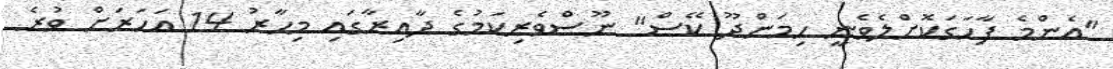
"އެންމެ ފާހަގަކޮށްލެވެނީ ހިމަންދޫ ކޭސް" ނޫސްވެރިކަމުގެ ދާއިރާގައި މިހާރު 14 އަހަރަށް ވުރެ